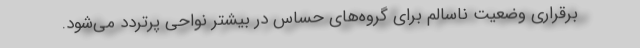
برقراری وضعیت ناسالم برای گروه‌های حساس در بیشتر نواحی پرتردد می‌شود.